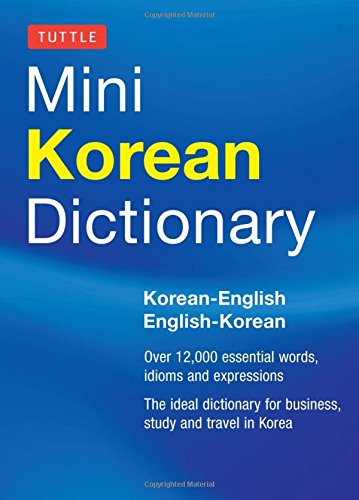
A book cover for Tuttle Mini Korean Dictionary: Korean-English English-Korean (Tuttle Mini Dictiona); Travel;